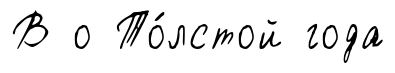
В о То́лстой года